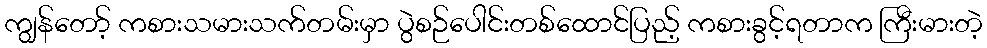
ကျွန်တော့် ကစားသမားသက်တမ်းမှာ ပွဲစဉ်ပေါင်းတစ်ထောင်ပြည့် ကစားခွင့်ရတာက ကြီးမားတဲ့